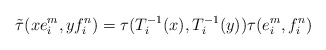
\begin{align*}\tilde{\tau}(xe_i^m,yf_i^n)=\tau(T_i^{-1}(x),T_i^{-1}(y))\tau(e_i^m,f_i^n)\end{align*}